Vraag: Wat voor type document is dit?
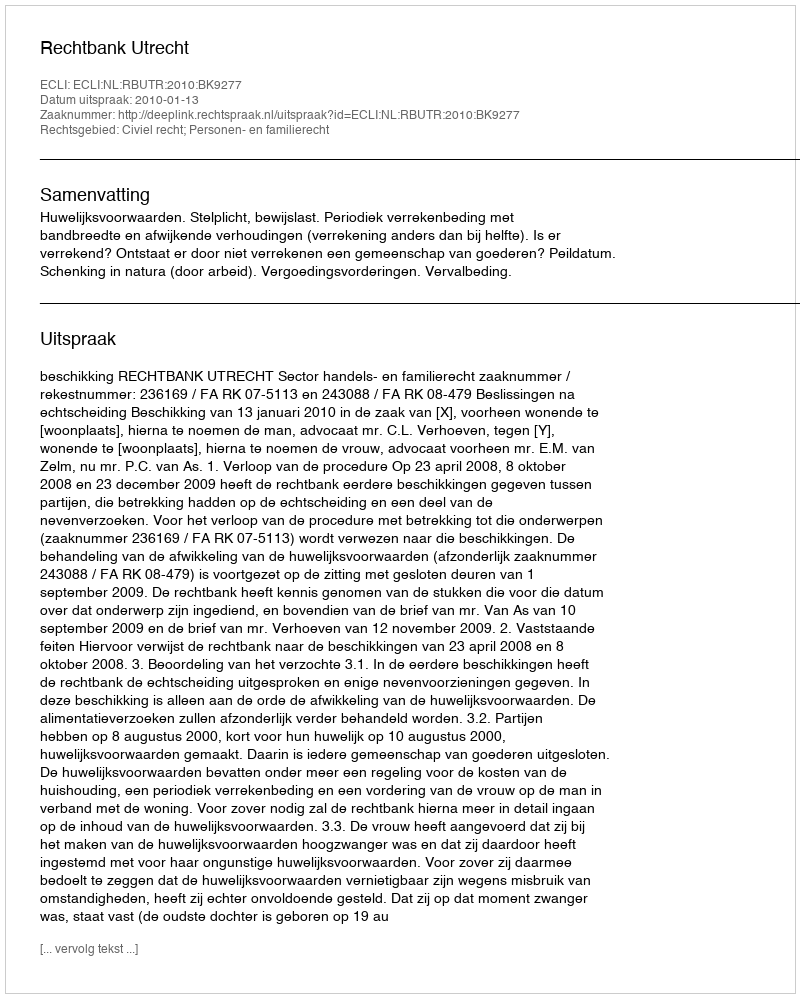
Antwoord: Uitspraak